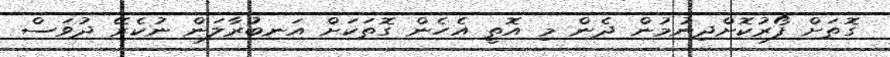
ގޮތަށް ފޯރުކޮށްދިނުމުން ދެން މި އޮތީ އެހެން ގޮތަކަށް އަނބުރާލަން ނުކެރޭ ދުވަސް